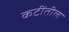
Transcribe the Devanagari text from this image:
कटींतील